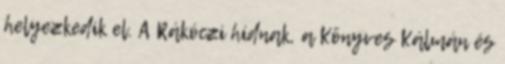
helyezkedik el. A Rákóczi hídnak, a Könyves Kálmán és